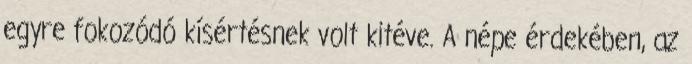
egyre fokozódó kísértésnek volt kitéve. A népe érdekében, az